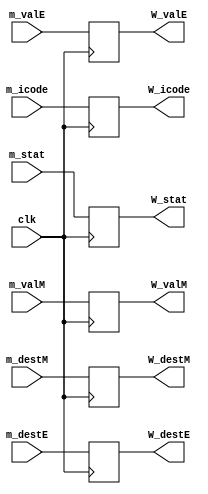
module writeback_reg(
    input clk,
    input [2:0] m_stat,
    input [3:0] m_icode,
    input [63:0] m_valE,
    input [63:0] m_valM,
    input [3:0] m_destE,
    input [3:0] m_destM,

    output reg [2:0] W_stat,
    output reg [3:0] W_icode,
    output reg [63:0] W_valE,
    output reg [63:0] W_valM,
    output reg [3:0] W_destE,
    output reg [3:0] W_destM
);

always @(posedge clk)
begin
    W_stat = m_stat; //might be <= instead of =
    W_icode = m_icode;
    W_valE = m_valE;
    W_valM = m_valM;
    W_destE = m_destE;
    W_destM = m_destM;
end
endmodule